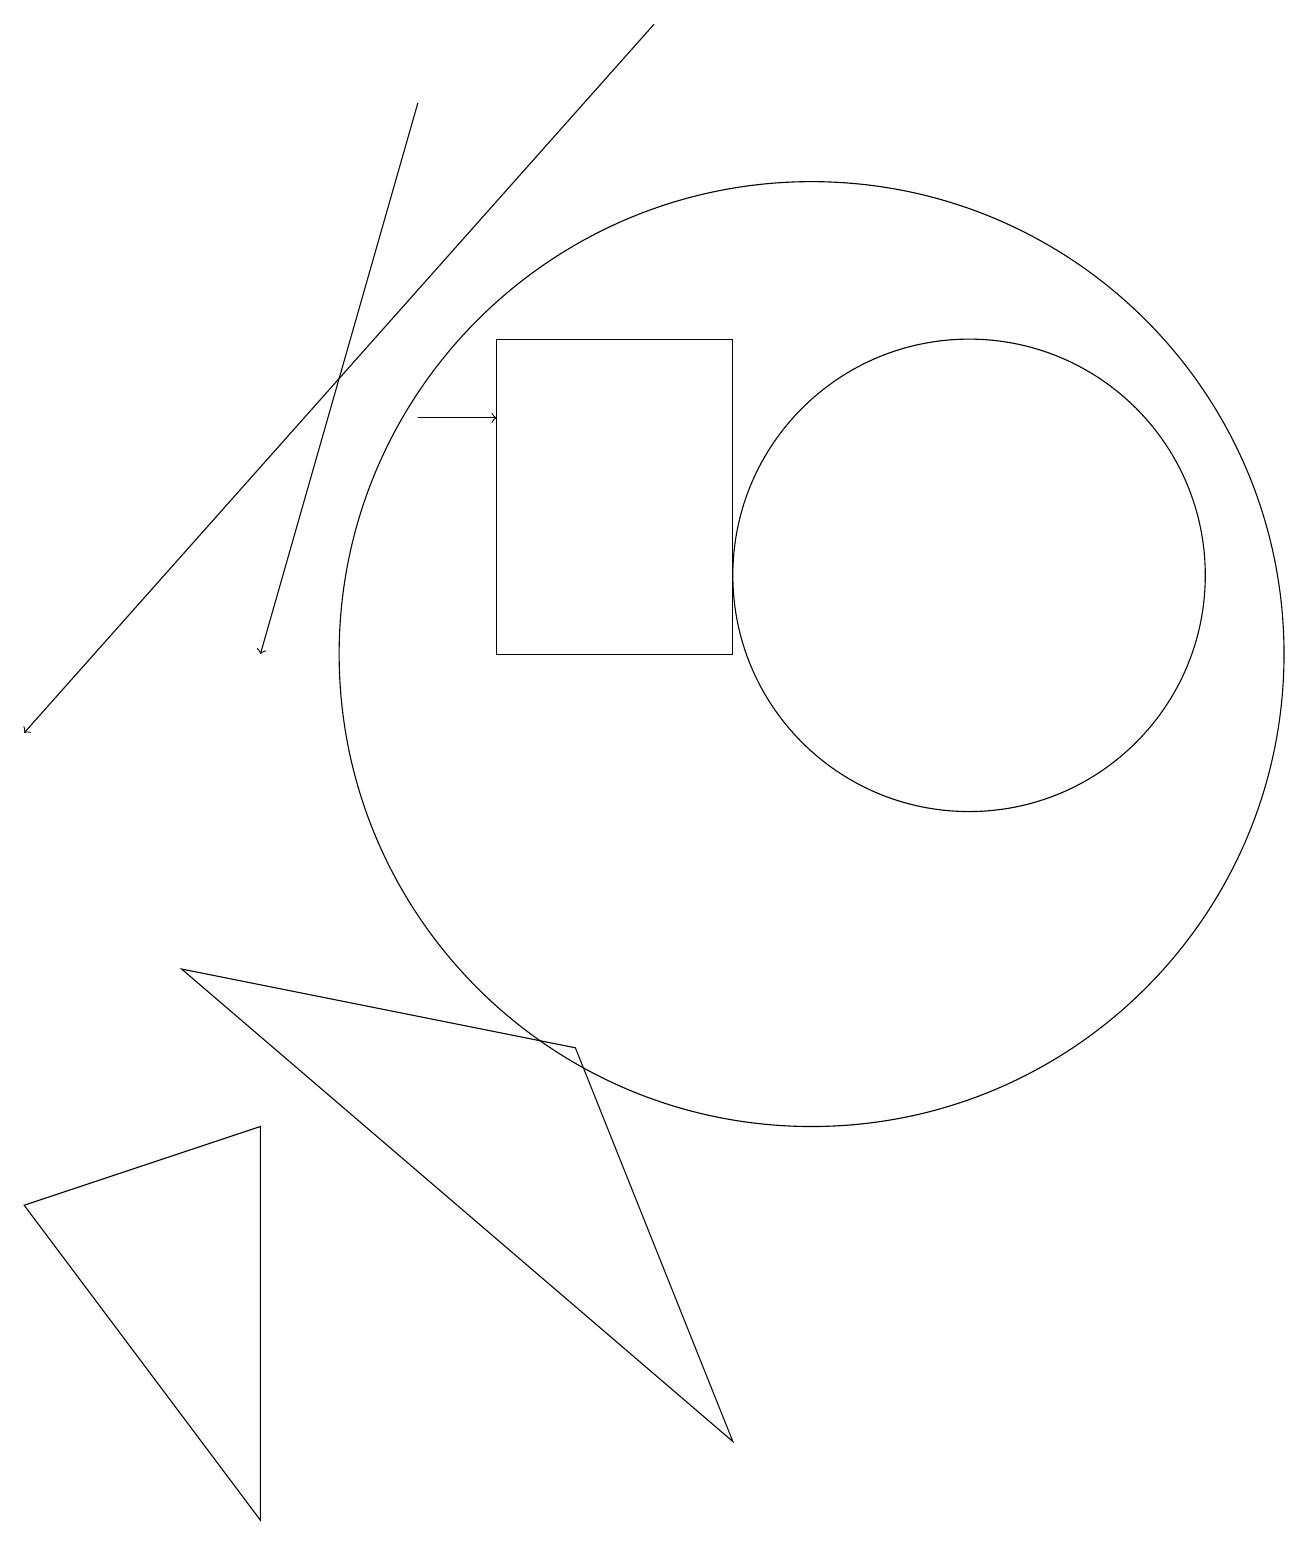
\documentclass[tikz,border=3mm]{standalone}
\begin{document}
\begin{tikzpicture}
\draw (9,1) -- (2,7) -- (7,6) -- cycle;
\draw (10,11) circle (6);
\draw[->] (5,14) -- (6,14);
\draw[->] (8,19) -- (0,10);
\draw (12,12) circle (3);
\draw (9,15) rectangle (6,11);
\draw (3,0) -- (3,5) -- (0,4) -- cycle;
\draw[->] (5,18) -- (3,11);
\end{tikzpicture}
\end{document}